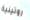
روتينية